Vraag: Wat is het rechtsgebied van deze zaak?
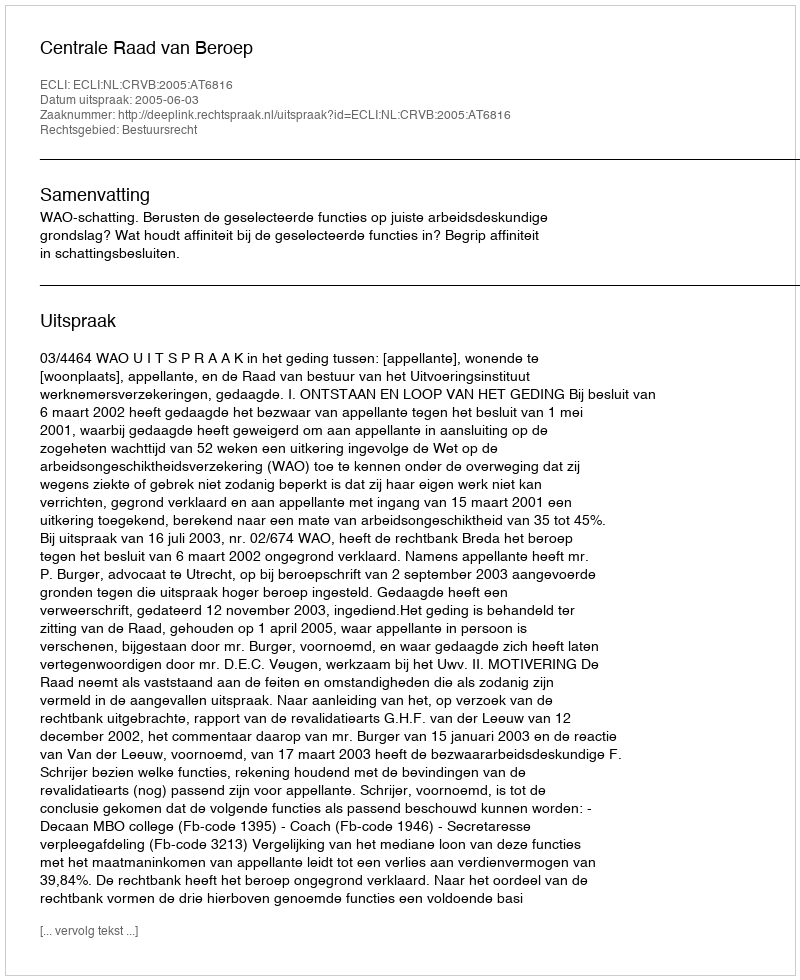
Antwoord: Bestuursrecht